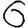
Digit: 6